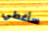
سأغطي